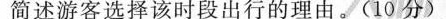
简述游客选择该时段出行的理由。(10分)